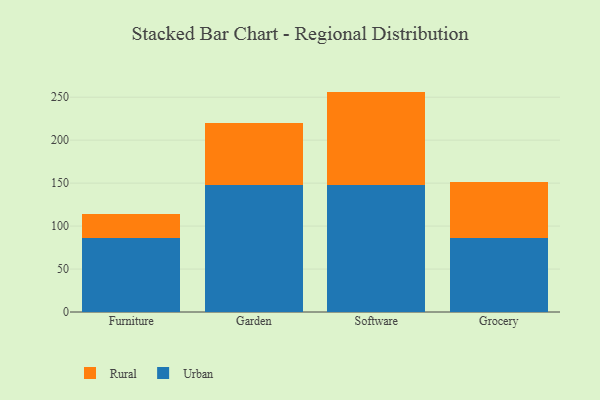
{"axis": {"x": "Category", "y": "Backlog"}, "legend": ["Rural", "Urban"], "data": [{"x": "Furniture", "y": 86.7, "type": "Urban"}, {"x": "Furniture", "y": 27.9, "type": "Rural"}, {"x": "Garden", "y": 147.4, "type": "Urban"}, {"x": "Garden", "y": 73.0, "type": "Rural"}, {"x": "Software", "y": 148.1, "type": "Urban"}, {"x": "Software", "y": 108.4, "type": "Rural"}, {"x": "Grocery", "y": 85.6, "type": "Urban"}, {"x": "Grocery", "y": 65.3, "type": "Rural"}]}